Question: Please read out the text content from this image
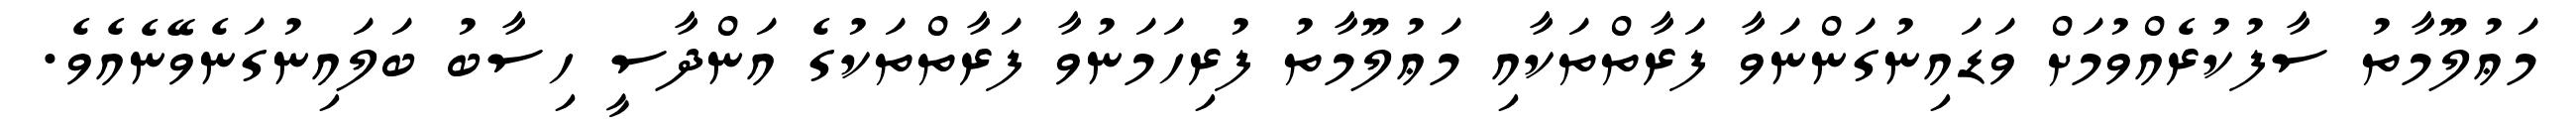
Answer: މަޢުލޫމާތު ސާފުކުރެއްވުމަށް ވަޑައިނުގަންނަވާ ފަރާތްތަކާއި މަޢުލޫމާތު ފުރިހަމަނުވާ ފަރާތްތަކުގެ އަންދާސީ ހިސާބު ބަލައިނުގަނެވޭނެއެވެ.